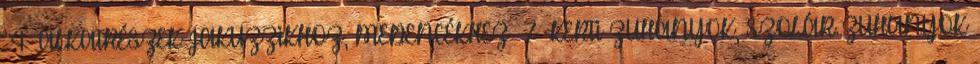
4 ALKATRÉSZEK JAKUZZIKHOZ, MEDENCÉKHEZ 7 KERTI ZUHANYOK, SZOLÁR ZUHANYOK